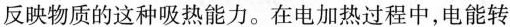
反映物质的这种吸热能力。在电加热过程中，电能转